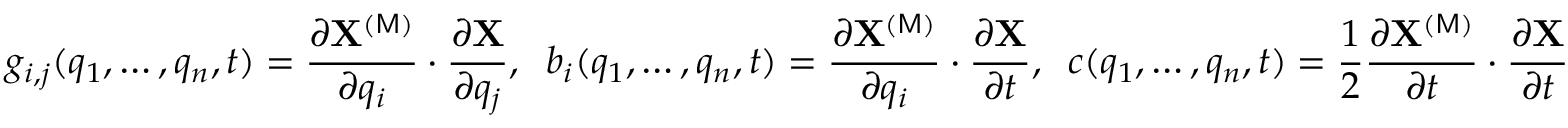
g _ { i , j } ( q _ { 1 } , \dots , q _ { n } , t ) = \frac { \partial { \bf X } ^ { ( \mathsf { M } ) } } { \partial q _ { i } } \cdot \frac { \partial { \bf X } } { \partial q _ { j } } , \; \; b _ { i } ( q _ { 1 } , \dots , q _ { n } , t ) = \frac { \partial { \bf X } ^ { ( \mathsf { M } ) } } { \partial q _ { i } } \cdot \frac { \partial { \bf X } } { \partial t } , \; \; c ( q _ { 1 } , \dots , q _ { n } , t ) = \frac { 1 } { 2 } \frac { \partial { \bf X } ^ { ( \mathsf { M } ) } } { \partial t } \cdot \frac { \partial { \bf X } } { \partial t }